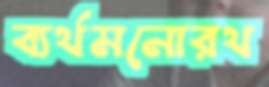
ব্যর্থমনোরথ